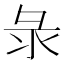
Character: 彔